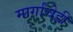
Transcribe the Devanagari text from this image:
मार्गांचेही